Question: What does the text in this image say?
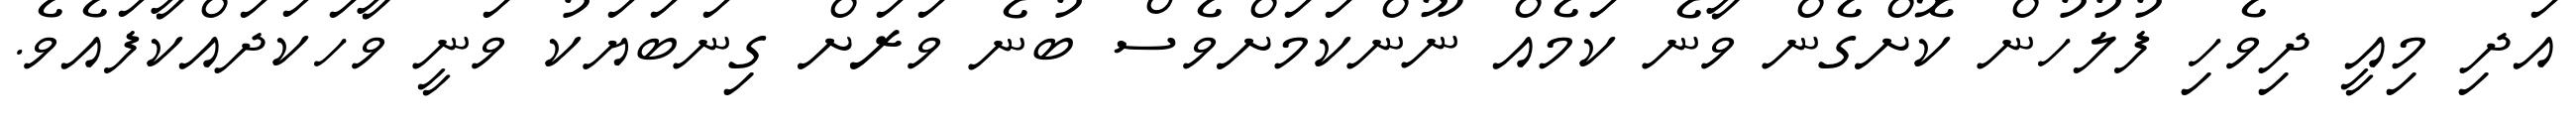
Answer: އަދި މިއީ ދިވެހި ފުލުހުން ކޮށްގެން ވާނެ ކަމެއް ނޫންކަމަށްވެސް ބުނެ ވަރަށް ގިނަބަޔަކު ވަނީ ވާހަކަދައްކާފައެވެ.